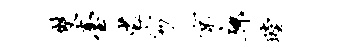
双台裟笏京廊瞠